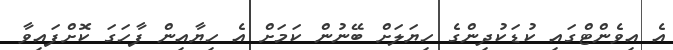
އެ އިވެންޓްގައި ކުޑަކުދިންގެ ހިޔަލަށް ބޭނުން ކަމަށް އެ ހިޔާއިން ފާހަގަ ކޮށްފައިވާ